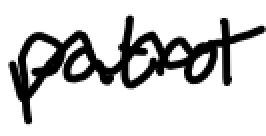
Text: patrol
Cross-out: wave
Writing tool: digital_black